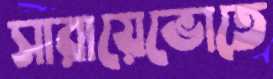
সারায়েভোতে